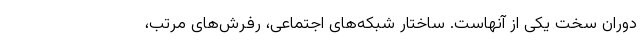
دوران سخت یکی از آنهاست. ساختار شبکه‌های اجتماعی، رفرش‌های مرتب،